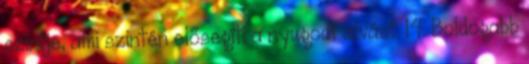
szintje, ami szintén elősegíti a nyugodt alvást. 14. Boldogabb